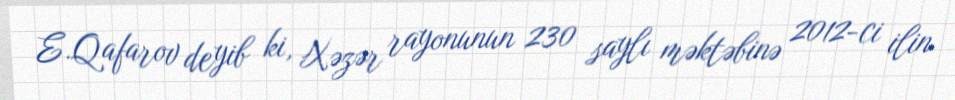
E.Qafarov deyib ki, Xəzər rayonunun 230 saylı məktəbinə 2012-ci ilin